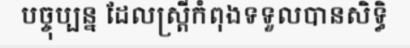
បច្ចុប្បន្ន ដែលស្ត្រីកំពុងទទួលបានសិទ្ធិ